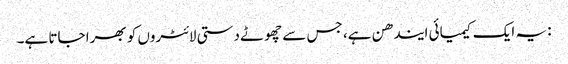
: یہ ایک کیمیائی ایندھن ہے، جس سے چھوٹے دستی لائٹروں کو بھرا جاتا ہے۔